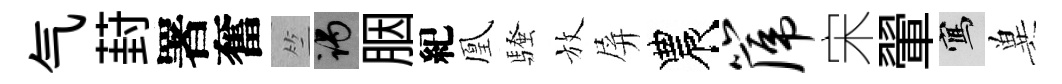
气葑署奮竺谒胭紀凰騷放屏農篪宋翬寫兾